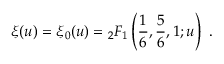
\xi ( u ) = { \xi } _ { 0 } ( u ) = \null _ { 2 } F _ { 1 } \left( \frac { 1 } { 6 } , \frac { 5 } { 6 } , 1 ; u \right) \ .